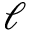
\ell